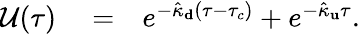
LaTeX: \begin{array}{rlr}{\mathcal{U}(\tau)}&{{}=}&{e^{-\hat{\kappa}_{\mathbf d}(\tau-\tau_{c})}+e^{-\hat{\kappa}_{\mathbf u}\tau}.}\end{array}